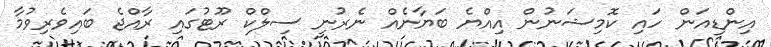
އިންޑިއަން ހައި ކޮމިޝަނުން އިއްޔެ ބަޔާނެއް ނެރުނީ ސިލްކް ރޫޓުގައި ރާއްޖެ ބައިވެރިވުމާ